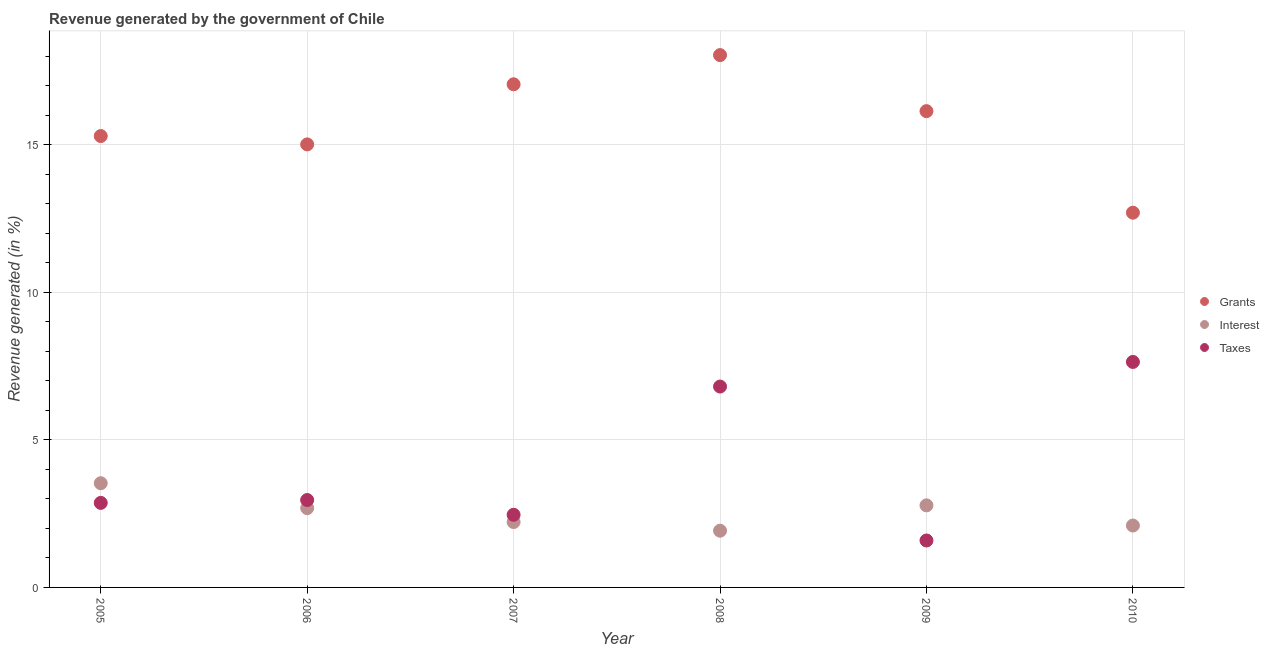
| Year | Grants | Interest | Taxes |
 | --- | --- | --- | --- |
 | 2005 | 15.3 | 3.53 | 2.86 |
 | 2006 | 15 | 2.69 | 2.96 |
 | 2007 | 17 | 2.22 | 2.46 |
 | 2008 | 18 | 1.92 | 6.81 |
 | 2009 | 16.1 | 2.78 | 1.59 |
 | 2010 | 12.7 | 2.1 | 7.64 |